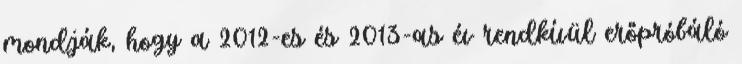
mondják, hogy a 2012-es és 2013-as év rendkívül erőpróbáló